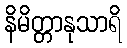
နိမိတ္တာနုသာရိ